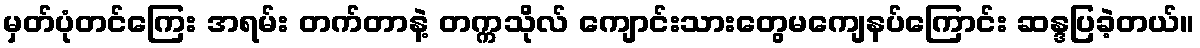
မှတ်ပုံတင်ကြေး အရမ်း တက်တာနဲ့ တက္ကသိုလ် ကျောင်းသားတွေမကျေနပ်ကြောင်း ဆန္ဒပြခဲ့တယ်။